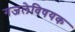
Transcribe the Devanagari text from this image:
गजलेविषयक